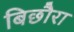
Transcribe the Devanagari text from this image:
बिछौरा